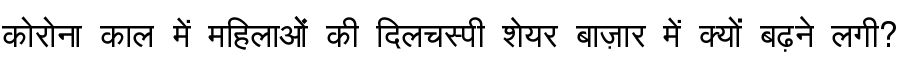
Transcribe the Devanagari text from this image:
कोरोना काल में महिलाओं की दिलचस्पी शेयर बाज़ार में क्यों बढ़ने लगी?